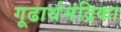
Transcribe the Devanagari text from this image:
गूढार्थमंद्रिका